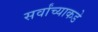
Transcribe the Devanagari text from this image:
सर्वांच्याकडे